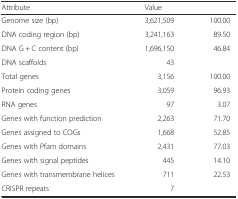
<table><thead><tr><td><b>Attribute</b></td><td><b>Value</b></td><td>[EMPTY_CELL]</td></tr></thead><tbody><tr><td>Genome size (bp)</td><td>3,621,509</td><td>100.00</td></tr><tr><td>DNA coding region (bp)</td><td>3,241,163</td><td>89.50</td></tr><tr><td>DNA G + C content (bp)</td><td>1,696,150</td><td>46.84</td></tr><tr><td>DNA scaffolds</td><td>43</td><td>[EMPTY_CELL]</td></tr><tr><td>Total genes</td><td>3,156</td><td>100.00</td></tr><tr><td>Protein coding genes</td><td>3,059</td><td>96.93</td></tr><tr><td>RNA genes</td><td>97</td><td>3.07</td></tr><tr><td>Genes with function prediction</td><td>2,263</td><td>71.70</td></tr><tr><td>Genes assigned to COGs</td><td>1,668</td><td>52.85</td></tr><tr><td>Genes with Pfam domains</td><td>2,431</td><td>77.03</td></tr><tr><td>Genes with signal peptides</td><td>445</td><td>14.10</td></tr><tr><td>Genes with transmembrane helices</td><td>711</td><td>22.53</td></tr><tr><td>CRISPR repeats</td><td>7</td><td>[EMPTY_CELL]</td></tr></tbody></table>